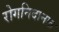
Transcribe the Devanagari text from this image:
रोगनिदानात